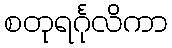
စတုရင်္ဂုလိကာ